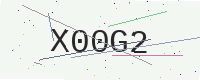
Text: X00G2